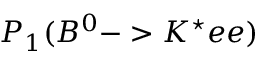
P _ { 1 } ( B ^ { 0 } - > K ^ { \star } e e )